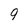
Character: 9